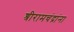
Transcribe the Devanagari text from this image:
श्रीरामचंद्रांना